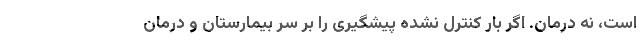
است، نه درمان. اگر بار کنترل نشده پیشگیری را بر سر بیمارستان و درمان